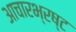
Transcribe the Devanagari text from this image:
आचारभ्रष्ट